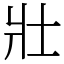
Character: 壯